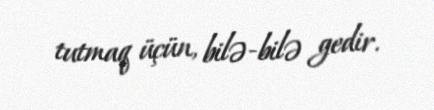
tutmaq üçün, bilə-bilə gedir.